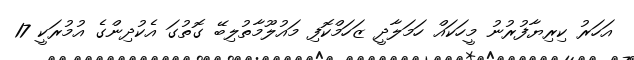
އަހަރު ކިރިޔާފުރުނު މީހަކައް ހަމަލާދީ ޒަހަމްކޮފި މައުލޫމާތުލިބޭ ގޮތުގަ އެކުދިންގެ އުމުރަކީ 17